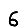
Digit: 6